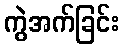
ကွဲအက်ခြင်း